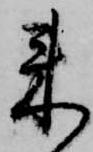
来